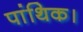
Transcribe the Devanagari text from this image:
पांथिक।